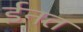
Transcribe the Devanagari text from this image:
ईनत